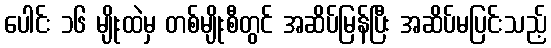
ပေါင်း ၁၆ မျိုးထဲမှ တစ်မျိုးစီတွင် အဆိပ်မြန်ပြီး အဆိပ်မပြင်းသည့်